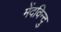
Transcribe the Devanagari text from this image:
मेंदविन्दु